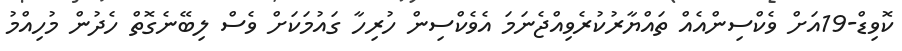
ކޮވިޑް-19އަށް ވެކްސިންއެއް ތައްޔާރުކުރެވިއްޖެނަމަ އެވެކްސިން ހުރިހާ ގައުމަކަށް ވެސް ލިބޭނެގޮތް ހެދުން މުހިއްމު